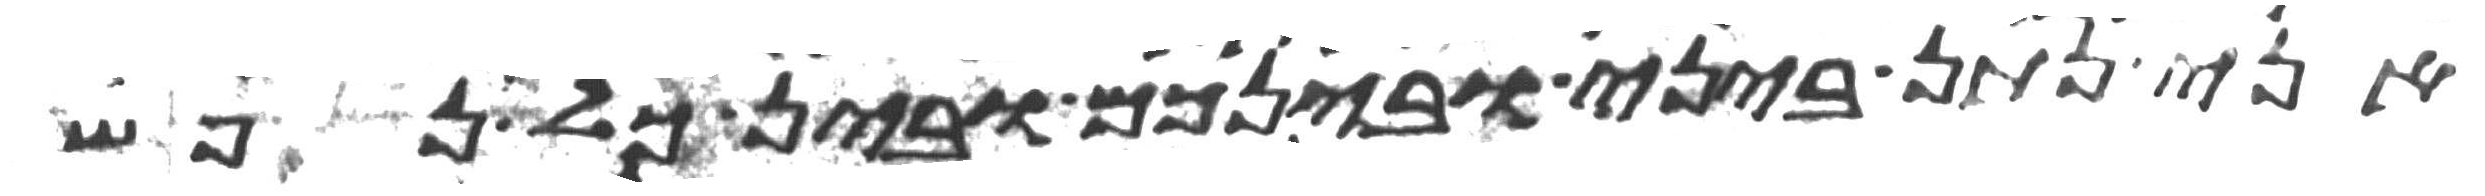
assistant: אני נתן ביני ובינכם ובין כל נפש